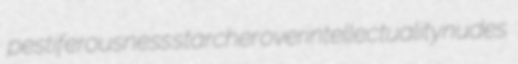
pestiferousness starcher overintellectuality nudes